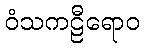
ဝံသကဠီရောဝ